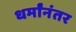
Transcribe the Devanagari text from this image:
धर्मांनंतर